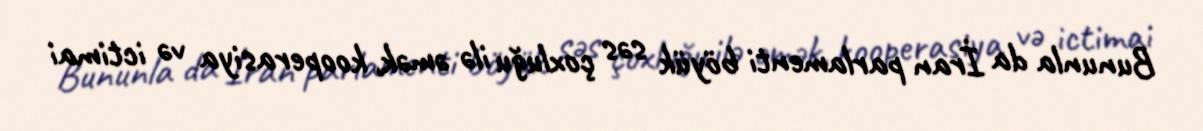
Bununla da İran parlamenti böyük səs çoxluğu ilə əmək, kooperasiya və ictimai